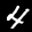
Label: 4